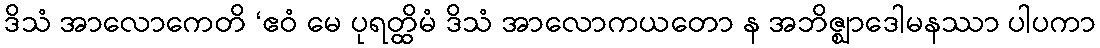
ဒိသံ အာလောကေတိ ‘ဧဝံ မေ ပုရတ္ထိမံ ဒိသံ အာလောကယတော န အဘိဇ္ဈာဒေါမနဿာ ပါပကာ